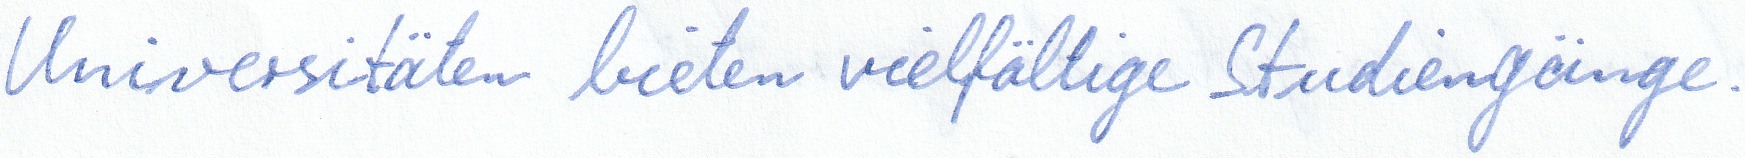
Universitäten bieten vielfältige Studiengänge.